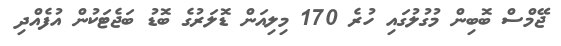
ޖޭމްސް ބޮބިން މުގުލުގައި ހުރެ 170 މިލިއަން ޑޮލަރުގެ ބޮޑު ބަޖެޓަކުން އުފެއްދި